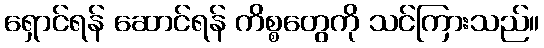
ရှောင်ရန် ဆောင်ရန် ကိစ္စတွေကို သင်ကြားသည်။